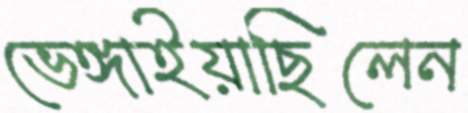
ভেঙ্গাইয়াছিলেন